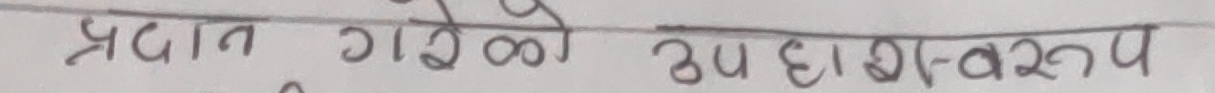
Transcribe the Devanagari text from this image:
प्रदात गरेको उदाहरणस्वरूप